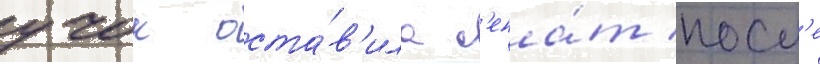
учок оста́в'ила с'ена́т посл'е